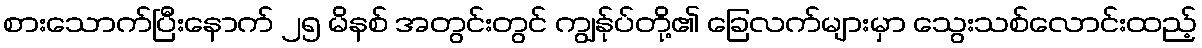
စားသောက်ပြီးနောက် ၂၅ မိနစ် အတွင်းတွင် ကျွန်ုပ်တို့၏ ခြေလက်များမှာ သွေးသစ်လောင်းထည့်